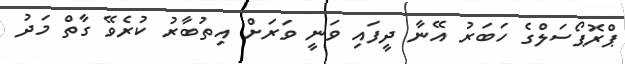
ޕްރޮޕޯސަލްގެ ހަބަރު އޭނާ ދީފައި ވަނީ ވަރަށް އިތުބާރު ކުރެވޭ ގާތް މަދު